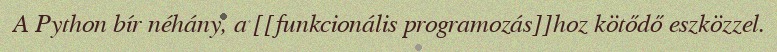
A Python bír néhány, a [[funkcionális programozás]]hoz kötődő eszközzel.